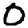
Digit: 0